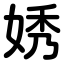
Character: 㛢